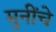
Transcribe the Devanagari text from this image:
मुनींचे